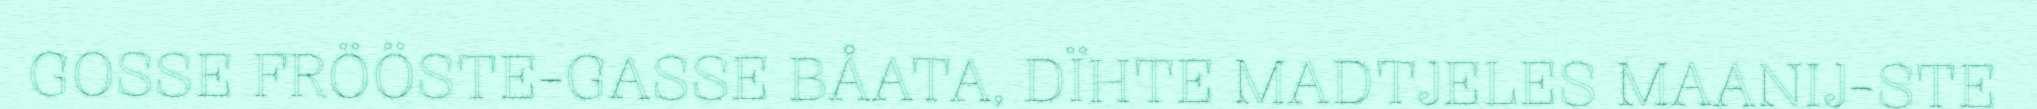
GOSSE FRÖÖSTE-GASSE BÅATA, DÏHTE MADTJELES MAANIJ-STE